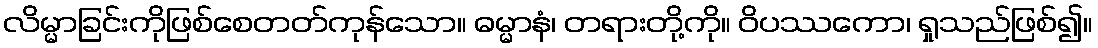
လိမ္မာခြင်းကိုဖြစ်စေတတ်ကုန်သော။ ဓမ္မာနံ၊ တရားတို့ကို။ ဝိပဿကော၊ ရှုသည်ဖြစ်၍။